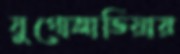
যুগোস্লাভিয়ায়